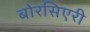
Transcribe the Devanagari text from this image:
बोरसिएरी